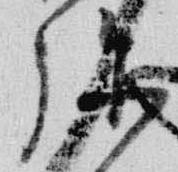
弥